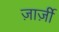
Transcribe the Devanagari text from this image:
ज़ार्ज़ी